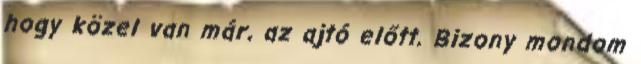
hogy közel van már, az ajtó előtt. Bizony mondom